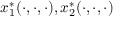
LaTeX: \, \! x _ { 1 } ^ { * } ( \cdot , \cdot , \cdot ) , x _ { 2 } ^ { * } ( \cdot , \cdot , \cdot )